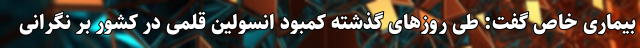
بیماری خاص گفت: طی روزهای گذشته کمبود انسولین قلمی در کشور بر نگرانی